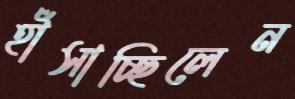
হাঁসাচ্ছিলেন